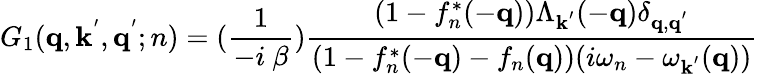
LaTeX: G_{1}({\mathbf{q}},{\mathbf{k}}^{'},{\mathbf{q}}^{'};n)=(\frac{1}{-i\mathrm{~}\beta})\frac{(1-f_{n}^{*}(-{\mathbf{q}}))\Lambda_{{\mathbf{k}}^{'}}(-{\mathbf{q}})\delta_{{\mathbf{q}},{\mathbf{q}}^{'}}}{(1-f_{n}^{*}(-{\mathbf{q}})-f_{n}({\mathbf{q}}))(i\omega_{n}-\omega_{{\mathbf{k}}^{'}}({\mathbf{q}}))}